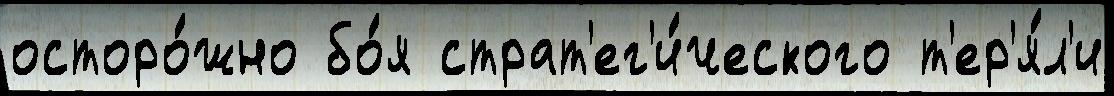
осторо́жно бо́я страт'ег'и́ческого т'ер'я́л'и